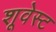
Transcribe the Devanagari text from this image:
शूवेस्ट